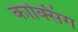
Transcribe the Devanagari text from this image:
काक्सिंग